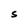
Character: S